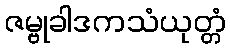
ဇမ္ဗုခါဒကသံယုတ္တံ